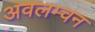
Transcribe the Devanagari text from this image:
अवलम्वन